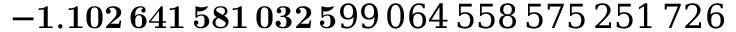
\mathbf { - 1 . 1 0 2 \, 6 4 1 \, 5 8 1 \, 0 3 2 \, 5 } 9 9 \, 0 6 4 \, 5 5 8 \, 5 7 5 \, 2 5 1 \, 7 2 6